Vaccination in Bombay 1913-1923 - 1913-1923
Year: 1913
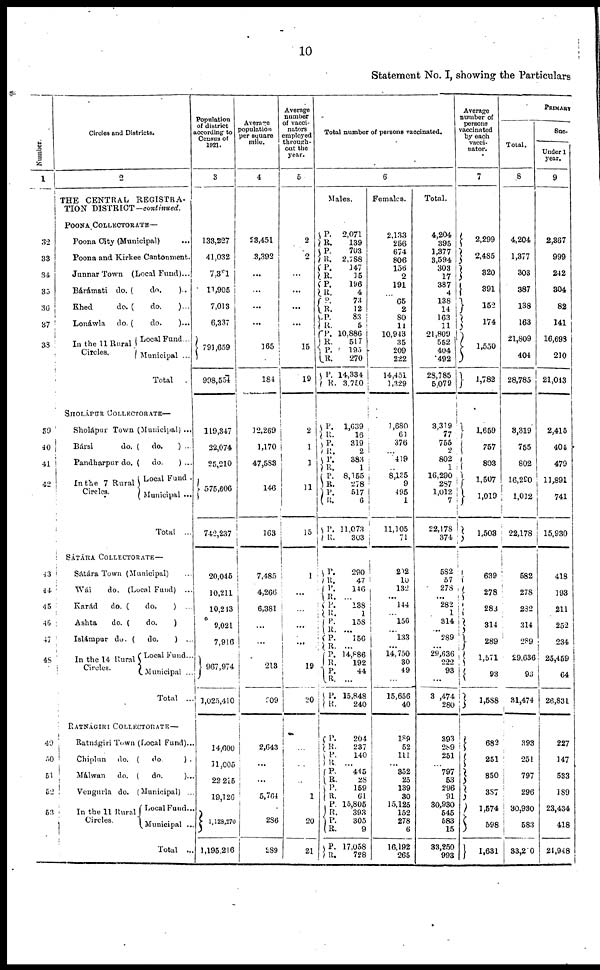
10
Statement No. I, showing the Particulars
Number.
1
32
33
34
35
36
37
38
39
40
41
42
43
44
45
46
47
48
49
50
51
52
53
Circles and Districts.
2
THE CENTRAL REGISTRA-
TION DISTRICT — continued.
POONA COLLECTORATE—
Poona City (Municipal) ...
Poona and Kirkee Cantonment.
Junnar Town (Local Fund)...
Bárámati do. (
do.
)...
Khed
do. (
do.
)...
Lonáwla
do. (
do.
)...
In the 11 Rural
Circles.
Local Fund...
Municipal ...
Total
SHOLÁPUR COLLECTORATE—
Sholápur Town (Municipal) ...
Bársi
do. ( do.
) ...
Pandharpur do. ( do.
) ...
In the 7 Rural
Circles.
Local Fund .
Municipal ...
Total ...
SÁTÁRA COLLECTORATE—
Sátára Town (Municipal) ...
Wái
do. (Local Fund) ...
Karád
do. (
do.
) ...
Ashta
do. (
do.
) ...
Islámpur do. ( do.
) ...
In the 14 Rural
Circles.
Local Fund...
Municipal ...
Total ...
RATNÁGIRI COLLECTORATE—
Ratnágiri Town (Local Fund)...
Chiplun
do. ( do.
) ...
Málwan
do. ( do.
)...
Vengurla do. (Municipal) ...
In the 11 Rural
Circles.
Local Fund...
Municipal ...
Total ...
Population
of district
according to
Census of
1921.
3
133,227
41,032
7,381
11,905
7,013
6,337
791,659
998,554
119,347
22,074
25,210
575,606
742,237
20,045
10,211
10,243
9,021
7,916
967,974
1,025,410
14,600
11,005
22,215
19,126
1,128,270
1,195,216
Average
population
per square
mile.
4
23,451
3,392
...
...
...
...
165
184
12,269
1,170
47,583
146
163
7,485
4,266
6,381
...
...
213
209
2,643
...
...
5,764
286
289
Average
number
of vacci¬
nators
employed
through¬
out the
year.
5
2
2
...
...
...
...
15
19
2
1
1
11
15
1
...
...
...
...
19
20
...
...
...
...
20
21
Total number of persons vaccinated.
6
Males.
P.
R.
P.
R.
P.
R.
P.
R.
P.
R.
P.
R.
P.
R.
P.
R.
P.
R.
P.
R.
P.
R.
P.
R.
P.
R.
P.
R.
P.
R.
P.
R.
P.
R.
P.
R.
P.
R.
P.
R.
P.
R.
P.
R.
P.
R.
P.
R.
P.
R.
P.
R.
P.
R.
P.
R.
P.
R.
P.
R.
2,071
139
703
2,788
147
15
196
4
73
12
83
5
10,886
517
195
270
14,334
3,750
1,639
16
319
2
383
1
8,155
278
517
6
11,073
303
290
47
146
...
138
1
158
...
156
...
14,886
192
44
...
15,848
240
204
237
140
...
445
28
159
61
15,805
393
305
9
17,058
728
Females.
2,133
256
674
806
156
2
191
...
65
2
80
11
10,913
35
209
222
14,451
1,329
1,680
61
376
...
419
...
8,135
9
495
1
11,105
71
202
10
132
...
144
...
156
...
133
...
14,750
30
49
...
15,656
40
189
52
111
...
352
25
139
30
15,125
152
278
6
16,192
265
Total.
4,204
395
1,377
3,594
303
17
387
4
138
14
163
11
21,809
552
404
492
28,785
5,079
3,319
77
755
2
802
1
16,290
287
1,012
7
22,178
374
582
57
278
...
282
1
314
...
289
...
29,636
222
93
...
31,474
280
393
289
251
...
797
53
296
91
30,930
545
583
15
33,250
993
Average
number of
persons
vaccinated
by each
vacci¬
nator.
7
2,299
2,485
320
391
152
174
1,550
1,782
1,659
757
803
1, 507
1,019
1,503
639
278
283
314
289
1,571
93
1,588
682
251
850
387
1,574
598
1,631
PRIMARY
Total.
8
4,204
1,377
303
387
138
163
21,809
404
28,785
3,319
755
802
16,290
1,012
22,178
582
278
282
314
289
29,636
93
31,474
393
251
797
296
30,930
583
33,210
Suc¬
Under 1
year.
9
2,367
999
242
304
82
141
16,698
210
21,043
2,415
404
479
11,891
741
15,930
418
193
211
252
234
25,459
64
26,831
227
147
533
189
23,434
418
21,948